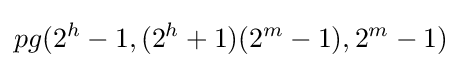
pg(2^{h}-1,(2^{h}+1)(2^{m}-1),2^{m}-1)